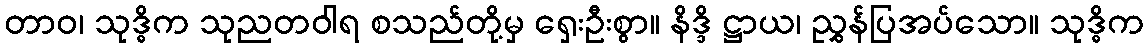
တာဝ၊ သုဒ္ဓိက သုညတဝါရ စသည်တို့မှ ရှေးဦးစွာ။ နိဒ္ဒိ ဋ္ဌာယ၊ ညွှန်ပြအပ်သော။ သုဒ္ဓိက